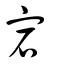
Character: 宕